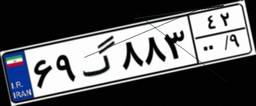
۶۵گ۴۶۸۱۵